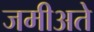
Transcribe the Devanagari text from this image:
जमीअते